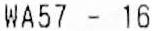
WA57 - 16